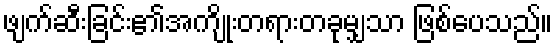
ဖျက်ဆီးခြင်း၏အကျိုးတရားတခုမျှသာ ဖြစ်ပေသည်။